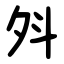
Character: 斘